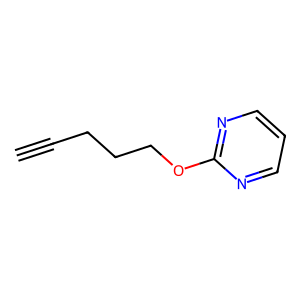
SMILES: C#CCCCOc1ncccn1
Inhibits HIV replication: No